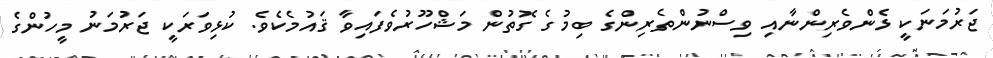
ޖަރުމަނަކީ ޅެންވެރިންނާއި ވިސްނުންތެރިންގެ ބިމުގެ ގޮތުން މަޝްހޫރުވެފައިވާ ޤައުމެކެވެ. ކުޅިވަރަކީ ޖަރުމަނު މީހުންގެ